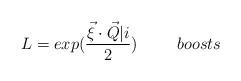
LaTeX: \begin{align*}L = exp(\frac{\vec{\xi} \cdot \vec{Q}\vert i}{2}) \hspace{10mm} boosts\end{align*}